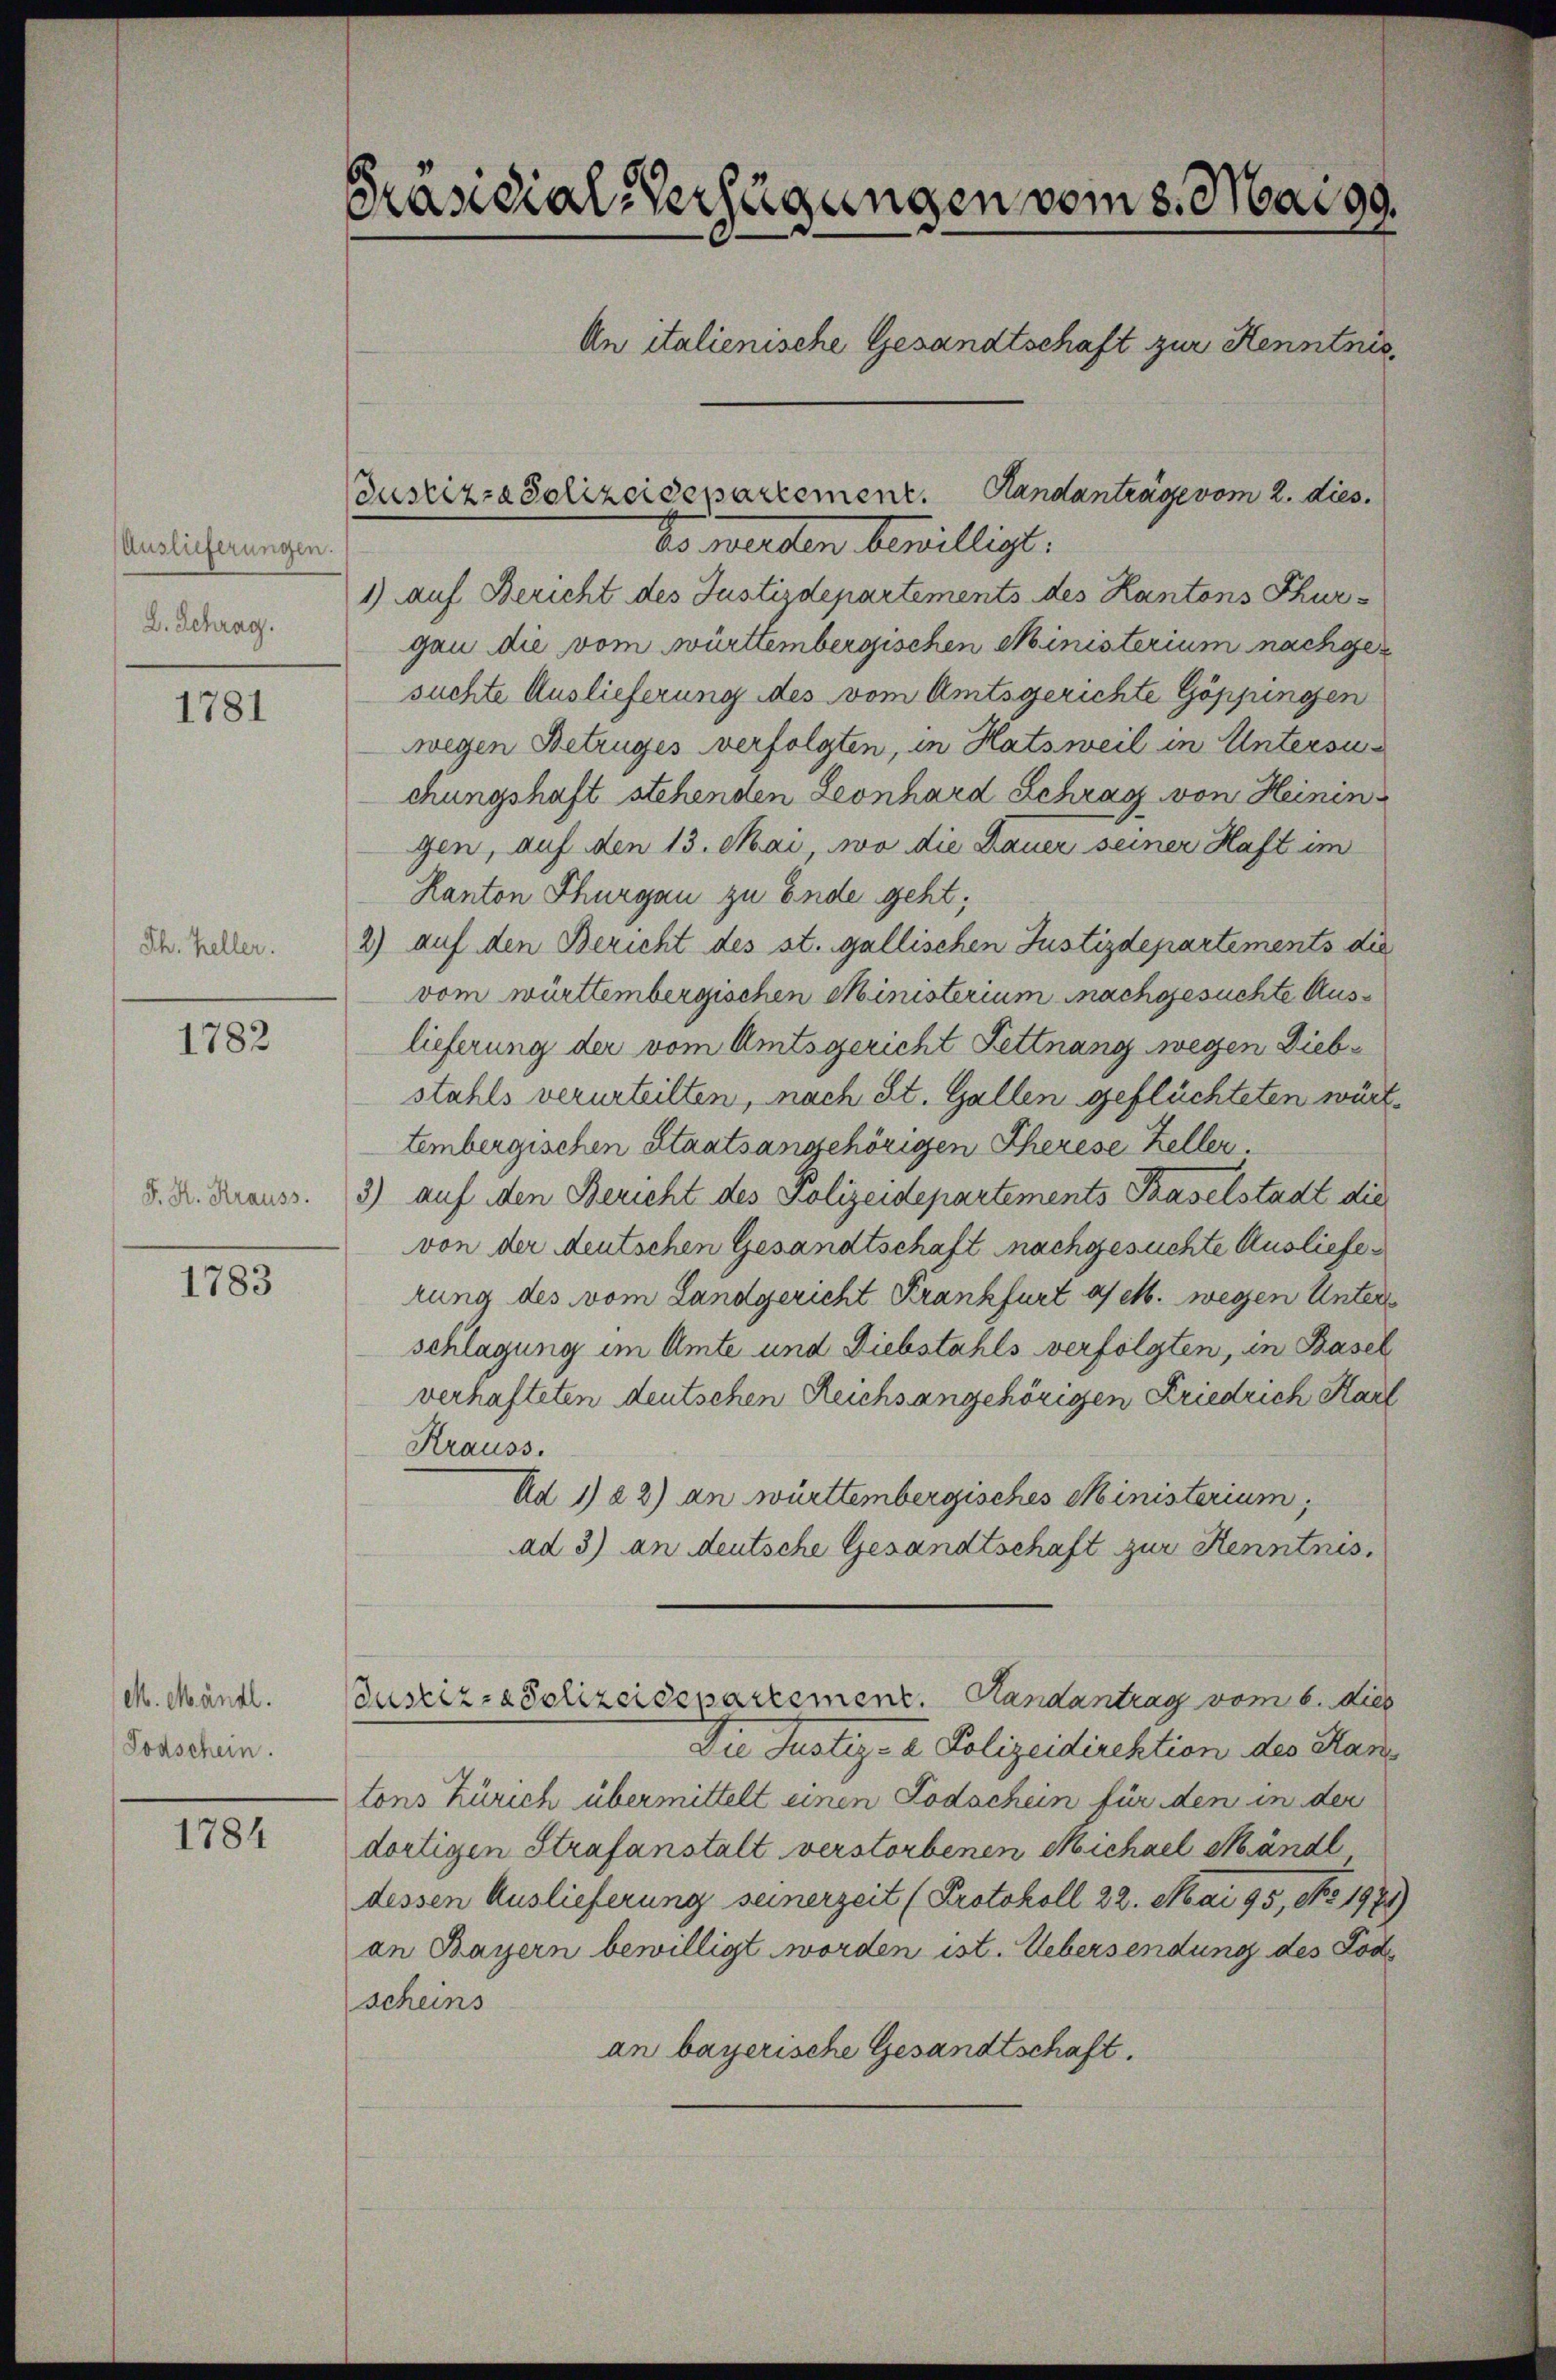
Auslieferungen.
D. Schrag.

1781

Th. Keller.

1782

J. H. Krauss

1783

M. Mandl.
Todschein.

1784

Präsidial-Verfügungen vom 8. Mai 99.
An italienische Gesandtschaft zur Kenntnis,

Justizza Polizeidepartement. Handantrage vom 2. dies
So werden bewilligt:
1) auf Bericht des Justizdepartements des Kantons Thurgan die vom württembergischen Ministerium nachgesuchte Auslieferung des vom Amtsgerichte Göppingen
wegen Betruges verfolgten, in Hatsweil in Untersuchungshaft stehenden Leonhard Schrag von Heinen
gen, auf den 13. Mai, wo die Dauer seiner Haft im
Kanton Thurgau zu Ende geht;
2) auf den Bericht des st. gallischen Justizdepartements die
vom württembergischen Ministerium nachgesuchte Auslieferung der vom Amtsgericht Fettnang wegen Diebstahls verurteilten, nach St. Gallen geflüchteten württembergischen Staatsangehörigen Therese Keller
3) auf den Bericht des Polizeidepartements Baselstadt die
von der deutschen Gesandtschaft nachgesuchte Auslieferung des vom Landgericht Krankfurt a M. wegen Unter
schlagung im Amte und Diebstahls verfolgten, in Basel
verhafteten deutschen Reichsangehörigen Kriedrich Kart
Krauss.
Ad 1) 22) an württembergisches Ministerium,
ad 3) an deutsche Gesandtschaft zur Kenntnis.
Justiz- & Polizeidepartement. Handantrag vom 6. dies
Die Justiz- & Polizeidirektion des Hase
tons Zürich übermittelt einen Todschein für den in der
dortigen Strafanstalt verstorbenen Michael Mändl
dessen Auslieferung seinerzeit (Protokoll 22. Mai 95, No 1971.
an Bayern bewilligt worden ist. Uebersendung des Tode
scheins
an bayerische Gesandtschaft.